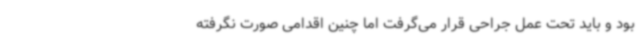
بود و باید تحت عمل جراحی قرار می‌گرفت اما چنین اقدامی صورت نگرفته